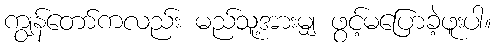
ကျွန်တော်ကလည်း မည်သူ့အားမျှ ဖွင့်မပြောခဲ့ဖူးပါ။